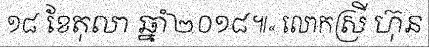
១៨ ខែតុលា ឆ្នាំ២០១៨៕« លោកស្រី ហ៊ុន